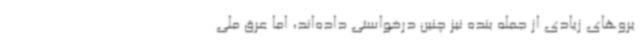
یروهای زیادی از جمله بنده نیز چنین درخواستی داده‌اند، اما عرق ملی